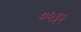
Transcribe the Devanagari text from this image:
०५३२